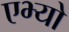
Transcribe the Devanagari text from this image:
एभ्यो